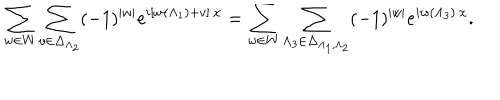
LaTeX: \sum _ { w \in W } \sum _ { v \in \Delta _ { \Lambda _ { 2 } } } ( - 1 ) ^ { | w | } e ^ { i \left[ w ( \Lambda _ { 1 } ) + v \right] \cdot x } = \sum _ { w \in W } \sum _ { \Lambda _ { 3 } \in \Delta _ { \Lambda _ { 1 } , \Lambda _ { 2 } } } ( - 1 ) ^ { | w | } e ^ { i w ( \Lambda _ { 3 } ) \cdot x } .